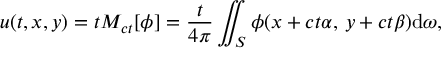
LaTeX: u ( t , x , y ) = t M _ { c t } [ \phi ] = { \frac { t } { 4 \pi } } \iint _ { S } \phi ( x + c t \alpha , \, y + c t \beta ) \mathrm { d } \omega ,